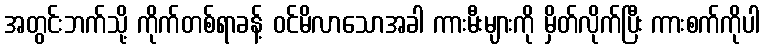
အတွင်းဘက်သို့ ကိုက်တစ်ရာခန့် ဝင်မိလာသောအခါ ကားမီးများကို မှိတ်လိုက်ပြီး ကားစက်ကိုပါ